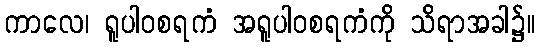
ကာလေ၊ ရူပါဝစရကံ အရူပါဝစရကံကို သိရာအခါ၌။